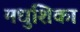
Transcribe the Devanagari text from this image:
मधुशिका